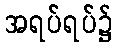
အရပ်ရပ်၌